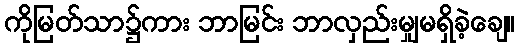
ကိုမြတ်သာ၌ကား ဘာမြင်း ဘာလှည်းမျှမရှိခဲ့ချေ။